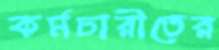
কর্মচারীতের